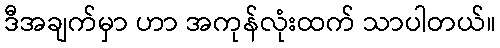
ဒီအချက်မှာ ဟာ အကုန်လုံးထက် သာပါတယ်။